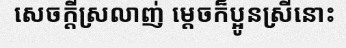
សេចក្តីស្រលាញ់ ម្តេចក៏ប្អូនស្រីនោះ